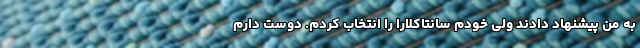
به من پیشنهاد دادند ولی خودم سانتاکلارا را انتخاب کردم. دوست دارم